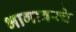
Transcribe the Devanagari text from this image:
भागावरचे